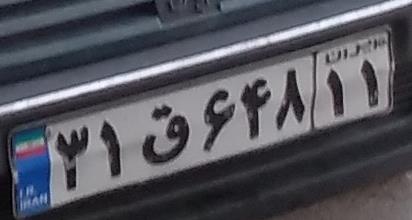
۳۱ق۶۴۸۱۱